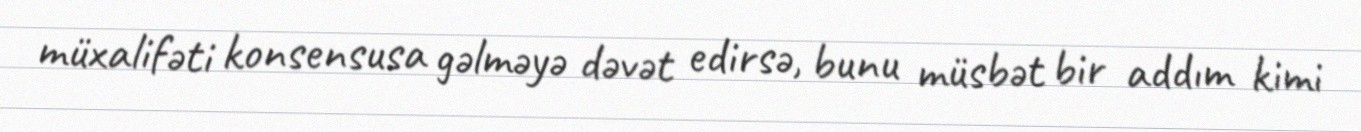
müxalifəti konsensusa gəlməyə dəvət edirsə, bunu müsbət bir addım kimi